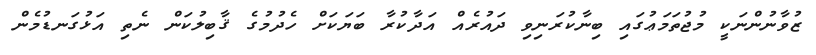
ޒުވާނުންނަކީ މުޖުތަމަޢުގައި ބިނާކުރަނިވި ދައުރެއް އަދާކުރާ ބަޔަކަށް ހެދުމުގެ ޤާބިލުކަން ނެތި އަޅުގަނޑުމެން